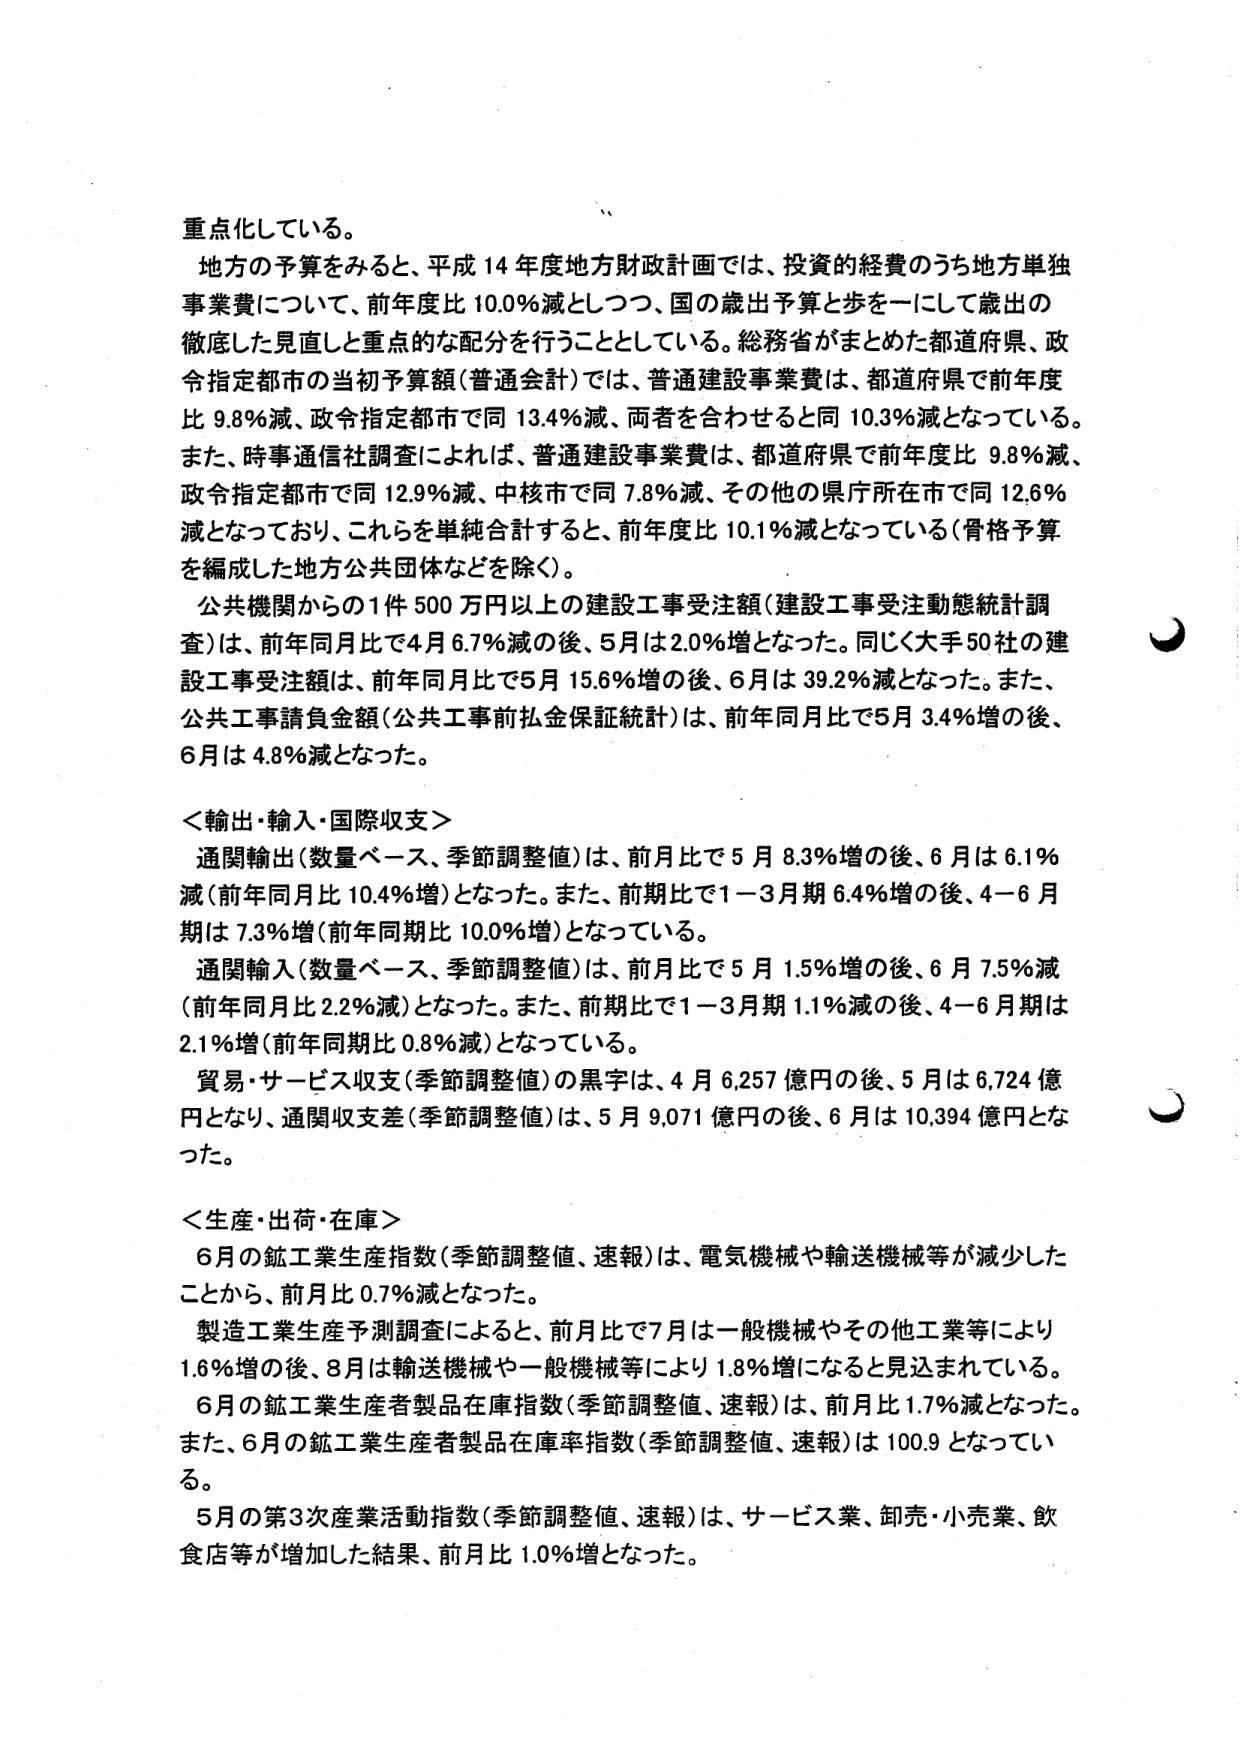
重点化している。

地方の予算をみると、平成14年度地方財政計画では、投資的経費のうち地方単独事業費について、前年度比10.0％減としつつ、国の歳出予算と歩を一にして歳出の徹底した見直しと重点的な配分を行うこととしている。総務省がまとめた都道府県、政令指定都市の当初予算額（普通会計）では、普通建設事業費は、都道府県で前年度比9.8％減、政令指定都市で同13.4％減、両者を合わせると同10.3％減となっている。また、時事通信社調査によれば、普通建設事業費は、都道府県で前年度比9.8％減、政令指定都市で同12.9％減、中核市で同7.8％減、その他の県庁所在市で同12.6％減となっており、これらを単純合計すると、前年度比10.1％減となっている（骨格予算を編成した地方公共団体などを除く）。

公共機関からの1件500万円以上の建設工事受注額（建設工事受注動態統計調査）は、前年同月比で4月6.7％減の後、5月は2.0％増となった。同じく大手50社の建設工事受注額は、前年同月比で5月15.6％増の後、6月は39.2％減となった。また、公共工事請負金額（公共工事前払金保証統計）は、前年同月比で5月3.4％増の後、6月は4.8％減となった。

＜輸出・輸入・国際収支＞
通関輸出（数量ベース、季節調整値）は、前月比で5月8.3％増の後、6月は6.1％減（前年同月比10.4％増）となった。また、前期比で1－3月期6.4％増の後、4－6月期は7.3％増（前年同期比10.0％増）となっている。
通関輸入（数量ベース、季節調整値）は、前月比で5月1.5％増の後、6月7.5％減（前年同月比2.2％減）となった。また、前期比で1－3月期1.1％減の後、4－6月期は2.1％増（前年同期比0.8％減）となっている。
貿易・サービス収支（季節調整値）の黒字は、4月6,257億円の後、5月は6,724億円となり、通関収支差（季節調整値）は、5月9,071億円の後、6月は10,394億円となった。

＜生産・出荷・在庫＞
6月の鉱工業生産指数（季節調整値、速報）は、電気機械や輸送機械等が減少したことから、前月比0.7％減となった。
製造工業生産予測調査によると、前月比で7月は一般機械やその他工業等により1.6％増の後、8月は輸送機械や一般機械等により1.8％増になると見込まれている。
6月の鉱工業生産者製品在庫指数（季節調整値、速報）は、前月比1.7％減となった。また、6月の鉱工業生産者製品在庫率指数（季節調整値、速報）は100.9となっている。
5月の第3次産業活動指数（季節調整値、速報）は、サービス業、卸売・小売業、飲食店等が増加した結果、前月比1.0％増となった。